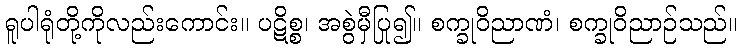
ရူပါရုံတို့ကိုလည်းကောင်း။ ပဋိစ္စ၊ အစွဲမှီပြု၍။ စက္ခုဝိညာဏံ၊ စက္ခုဝိညာဉ်သည်။